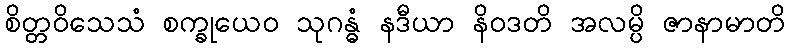
စိတ္တဝိသေသံ စက္ခုယေဝ သုဂန္ဓံ နဒီယာ နိဝဒတိ အလမ္ပိ ဇာနာမာတိ